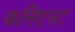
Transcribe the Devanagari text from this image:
फनिएस्ट